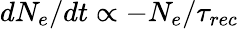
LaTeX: dN_{e}/dt\propto-N_{e}/\tau_{rec}